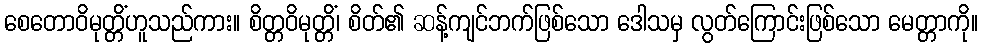
စေတောဝိမုတ္တိံဟူသည်ကား။ စိတ္တဝိမုတ္တိံ၊ စိတ်၏ ဆန့်ကျင်ဘက်ဖြစ်သော ဒေါသမှ လွတ်ကြောင်းဖြစ်သော မေတ္တာကို။